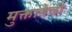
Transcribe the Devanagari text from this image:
मुक्तादेवी